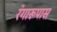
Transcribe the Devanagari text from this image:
रंगारूपास